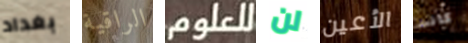
بغداد الراقية للعلوم لن الأعين كانت